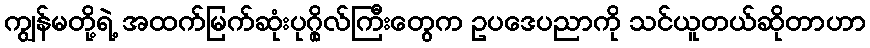
ကျွန်မတို့ရဲ့ အထက်မြက်ဆုံးပုဂ္ဂိုလ်ကြီးတွေက ဥပဒေပညာကို သင်ယူတယ်ဆိုတာဟာ